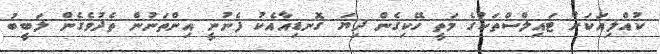
ކުއްލިއަކަށް ޓައިލްސްތަކުގެ މަތީ ހޭކިގެން ދިޔަ ގޮނޑިއާއެކު ފެނުނީ އިންތަނުން ތެދުވެގެން ލަބީބު